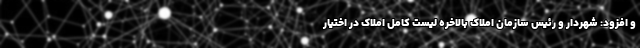
و افزود: شهردار و رئیس سازمان املاک بالاخره لیست کامل املاک در اختیارِ